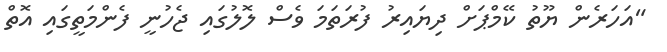
"އަހަރެން ޔޫތު ކޭމްޕަށް ދިޔައިރު ފުރަތަމަ ވެސް ލޮލުގައި ޖެހުނީ ފެންމަތީގައި އޮތް